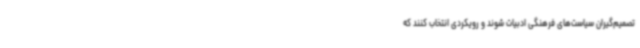
تصمیم‌گیران سیاست‌های فرهنگی ادبیات شوند و رویکردی انتخاب کنند که